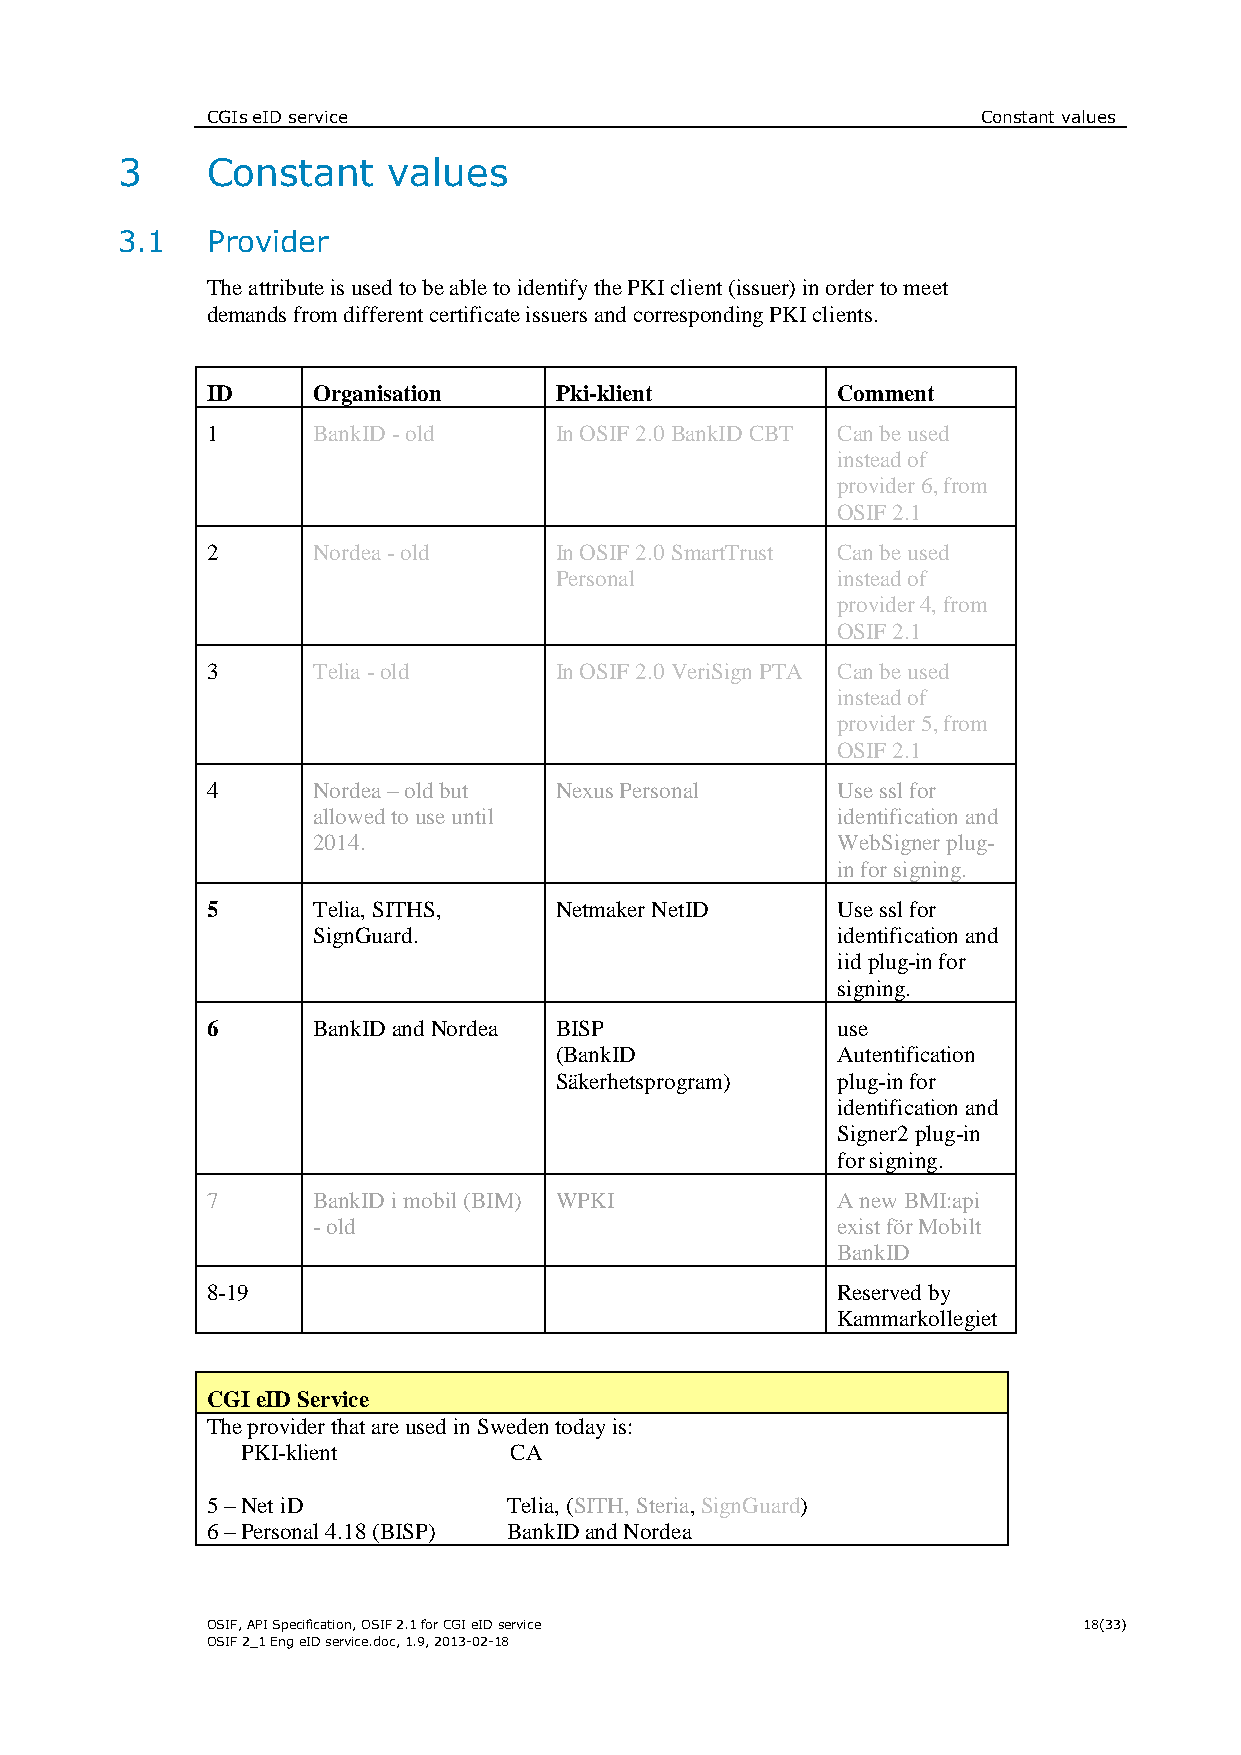
CGIs eID service                                   Constant values
 3     Constant    values
 3.1   Provider
 The attribute is used to be able to identify the PKI client (issuer) in order to meet
 demands from different certificate issuers and corresponding PKI clients.
 ID     Organisation    Pki-klient        Comment
 1      BankID - old    In OSIF 2.0 BankID CBT Can be used
 instead of
 provider 6, from
 OSIF 2.1
 2      Nordea - old    In OSIF 2.0 SmartTrust Can be used
 Personal          instead of
 provider 4, from
 OSIF 2.1
 3      Telia - old     In OSIF 2.0 VeriSign PTA Can be used
 instead of
 provider 5, from
 OSIF 2.1
 4      Nordea – old but Nexus Personal   Use ssl for
 allowed to use until              identification and
 2014.                             WebSigner plug-
 in for signing.
 5      Telia, SITHS,   Netmaker NetID    Use ssl for
 SignGuard.                        identification and
 iid plug-in for
 signing.
 6      BankID and Nordea BISP            use
 (BankID           Autentification
 Säkerhetsprogram) plug-in for
 identification and
 Signer2 plug-in
 for signing.
 7      BankID i mobil (BIM) WPKI         A new BMI:api
 - old                             exist för Mobilt
 BankID
 8-19                                     Reserved by
 Kammarkollegiet
 CGI eID Service
 The provider that are used in Sweden today is:
 PKI-klient        CA
 5 – Net iD          Telia, (SITH, Steria, SignGuard)
 6 – Personal 4.18 (BISP) BankID and Nordea
 OSIF, API Specification, OSIF 2.1 for CGI eID service     18(33)
 OSIF 2_1 Eng eID service.doc, 1.9, 2013-02-18